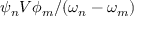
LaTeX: \psi _ { n } V \phi _ { m } / ( \omega _ { n } - \omega _ { m } )